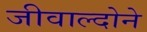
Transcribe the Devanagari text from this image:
जीवाल्दोने